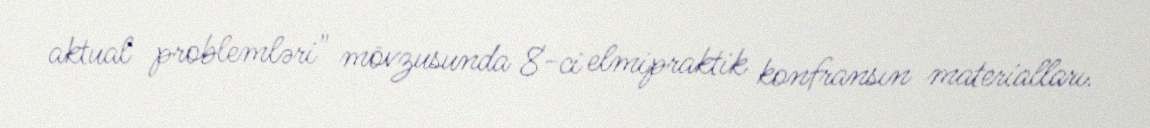
aktual problemləri" mövzusunda 8-ci elmipraktik konfransın materialları.